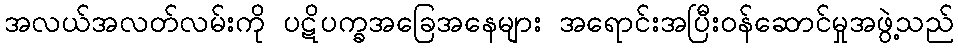
အလယ်အလတ်လမ်းကို ပဋိပက္ခအခြေအနေများ အရောင်းအပြီးဝန်ဆောင်မှုအဖွဲ့သည်